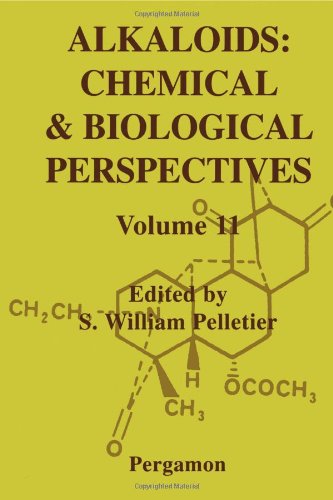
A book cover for Alkaloids: Chemical and Biological Perspectives, Volume 11, Volume 11; Science & Math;